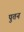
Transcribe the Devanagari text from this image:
पुतन